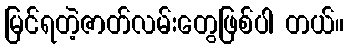
မြင်ရတဲ့ဇာတ်လမ်းတွေဖြစ်ပါ တယ်။